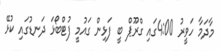
މާދަމާ ހަވީރު 4:00ގައި ގްރޫޕް ބީ ފަޅިން ގައުމީ ފުޓްބޯޅަ ދަނޑުގައި ކުޅޭ